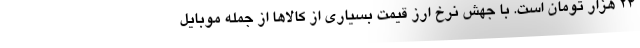
٢٤ هزار تومان است. با جهش نرخ ارز قیمت بسیاری از کالاها از جمله موبایل